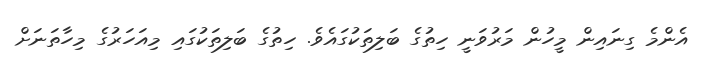
އެންމެ ގިނައިން މީހުން މަރުވަނީ ހިތުގެ ބަލިތަކުގައެވެ. ހިތުގެ ބަލިތަކުގައި މިއަހަރުގެ މިހާތަނަށް